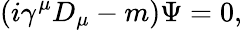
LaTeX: (i\gamma^{\mu}D_{\mu}-m)\Psi=0,